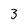
Character: 3